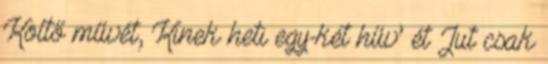
Költő művét, Kinek heti egy-két hűv’ ét Jut csak